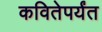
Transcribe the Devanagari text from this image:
कवितेपर्यंत